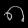
Digit: ၈